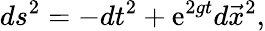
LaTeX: ds^{2}=-dt^{2}+\mathrm{e}^{2gt}d\vec{{x}}^{2},